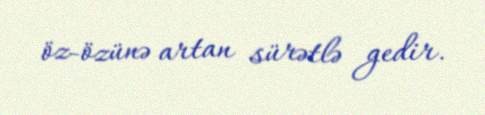
öz-özünə artan sürətlə gedir.